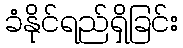
ခံနိုင်ရည်ရှိခြင်း